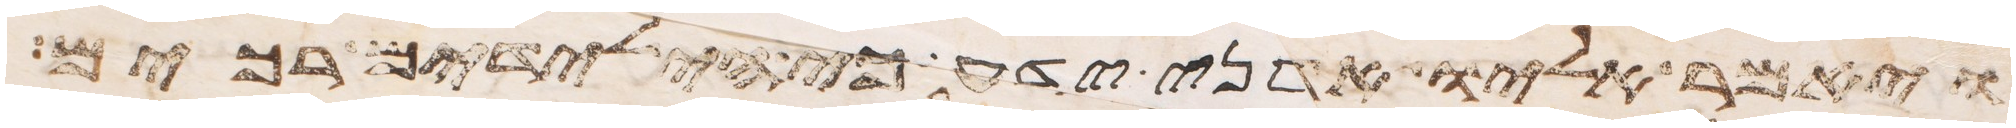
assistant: ויאמר אליו אדני ידע כי הילדים רכים